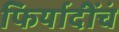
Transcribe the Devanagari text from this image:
फिर्यादींचं